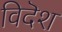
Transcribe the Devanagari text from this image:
विदॆश